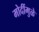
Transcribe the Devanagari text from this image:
मोदींमुळे